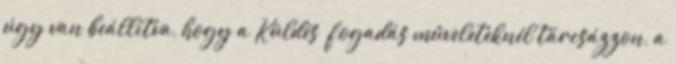
úgy van beállítva, hogy a Küldés fogadás műveleteknél tárcsázzon, a